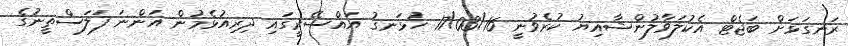
ރަނގަޅަށް ބަޖެޓް އެކުލަވާލުންޝާއިޔު ކުރެވުނީ 17/03/16 ހުޅަނގު އައްސޭރީގައި ދިރިއުޅެމުން އަންނަ ފަލަސްތީނުގެ